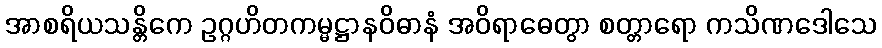
အာစရိယသန္တိကေ ဥဂ္ဂဟိတကမ္မဋ္ဌာနဝိဓာနံ အဝိရာဓေတွာ စတ္တာရော ကသိဏဒေါသေ